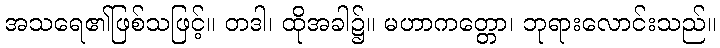
အသရေ၏ဖြစ်သဖြင့်။ တဒါ၊ ထိုအခါ၌။ မဟာကတ္တော၊ ဘုရားလောင်းသည်။